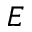
E